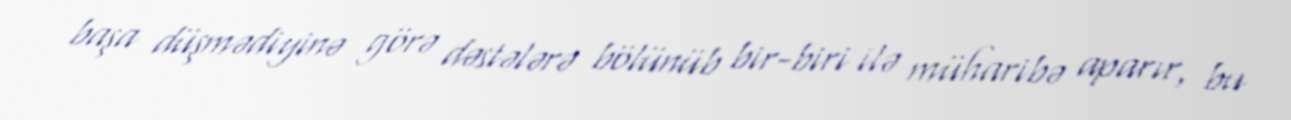
başa düşmədiyinə görə dəstələrə bölünüb bir-biri ilə müharibə aparır, bu